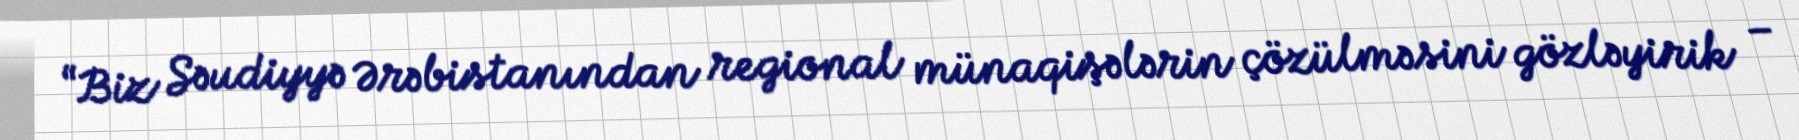
“Biz Səudiyyə Ərəbistanından regional münaqişələrin çözülməsini gözləyirik –